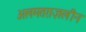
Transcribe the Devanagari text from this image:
अलमतग़ज़लीन